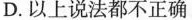
D. 以上说法都不正确